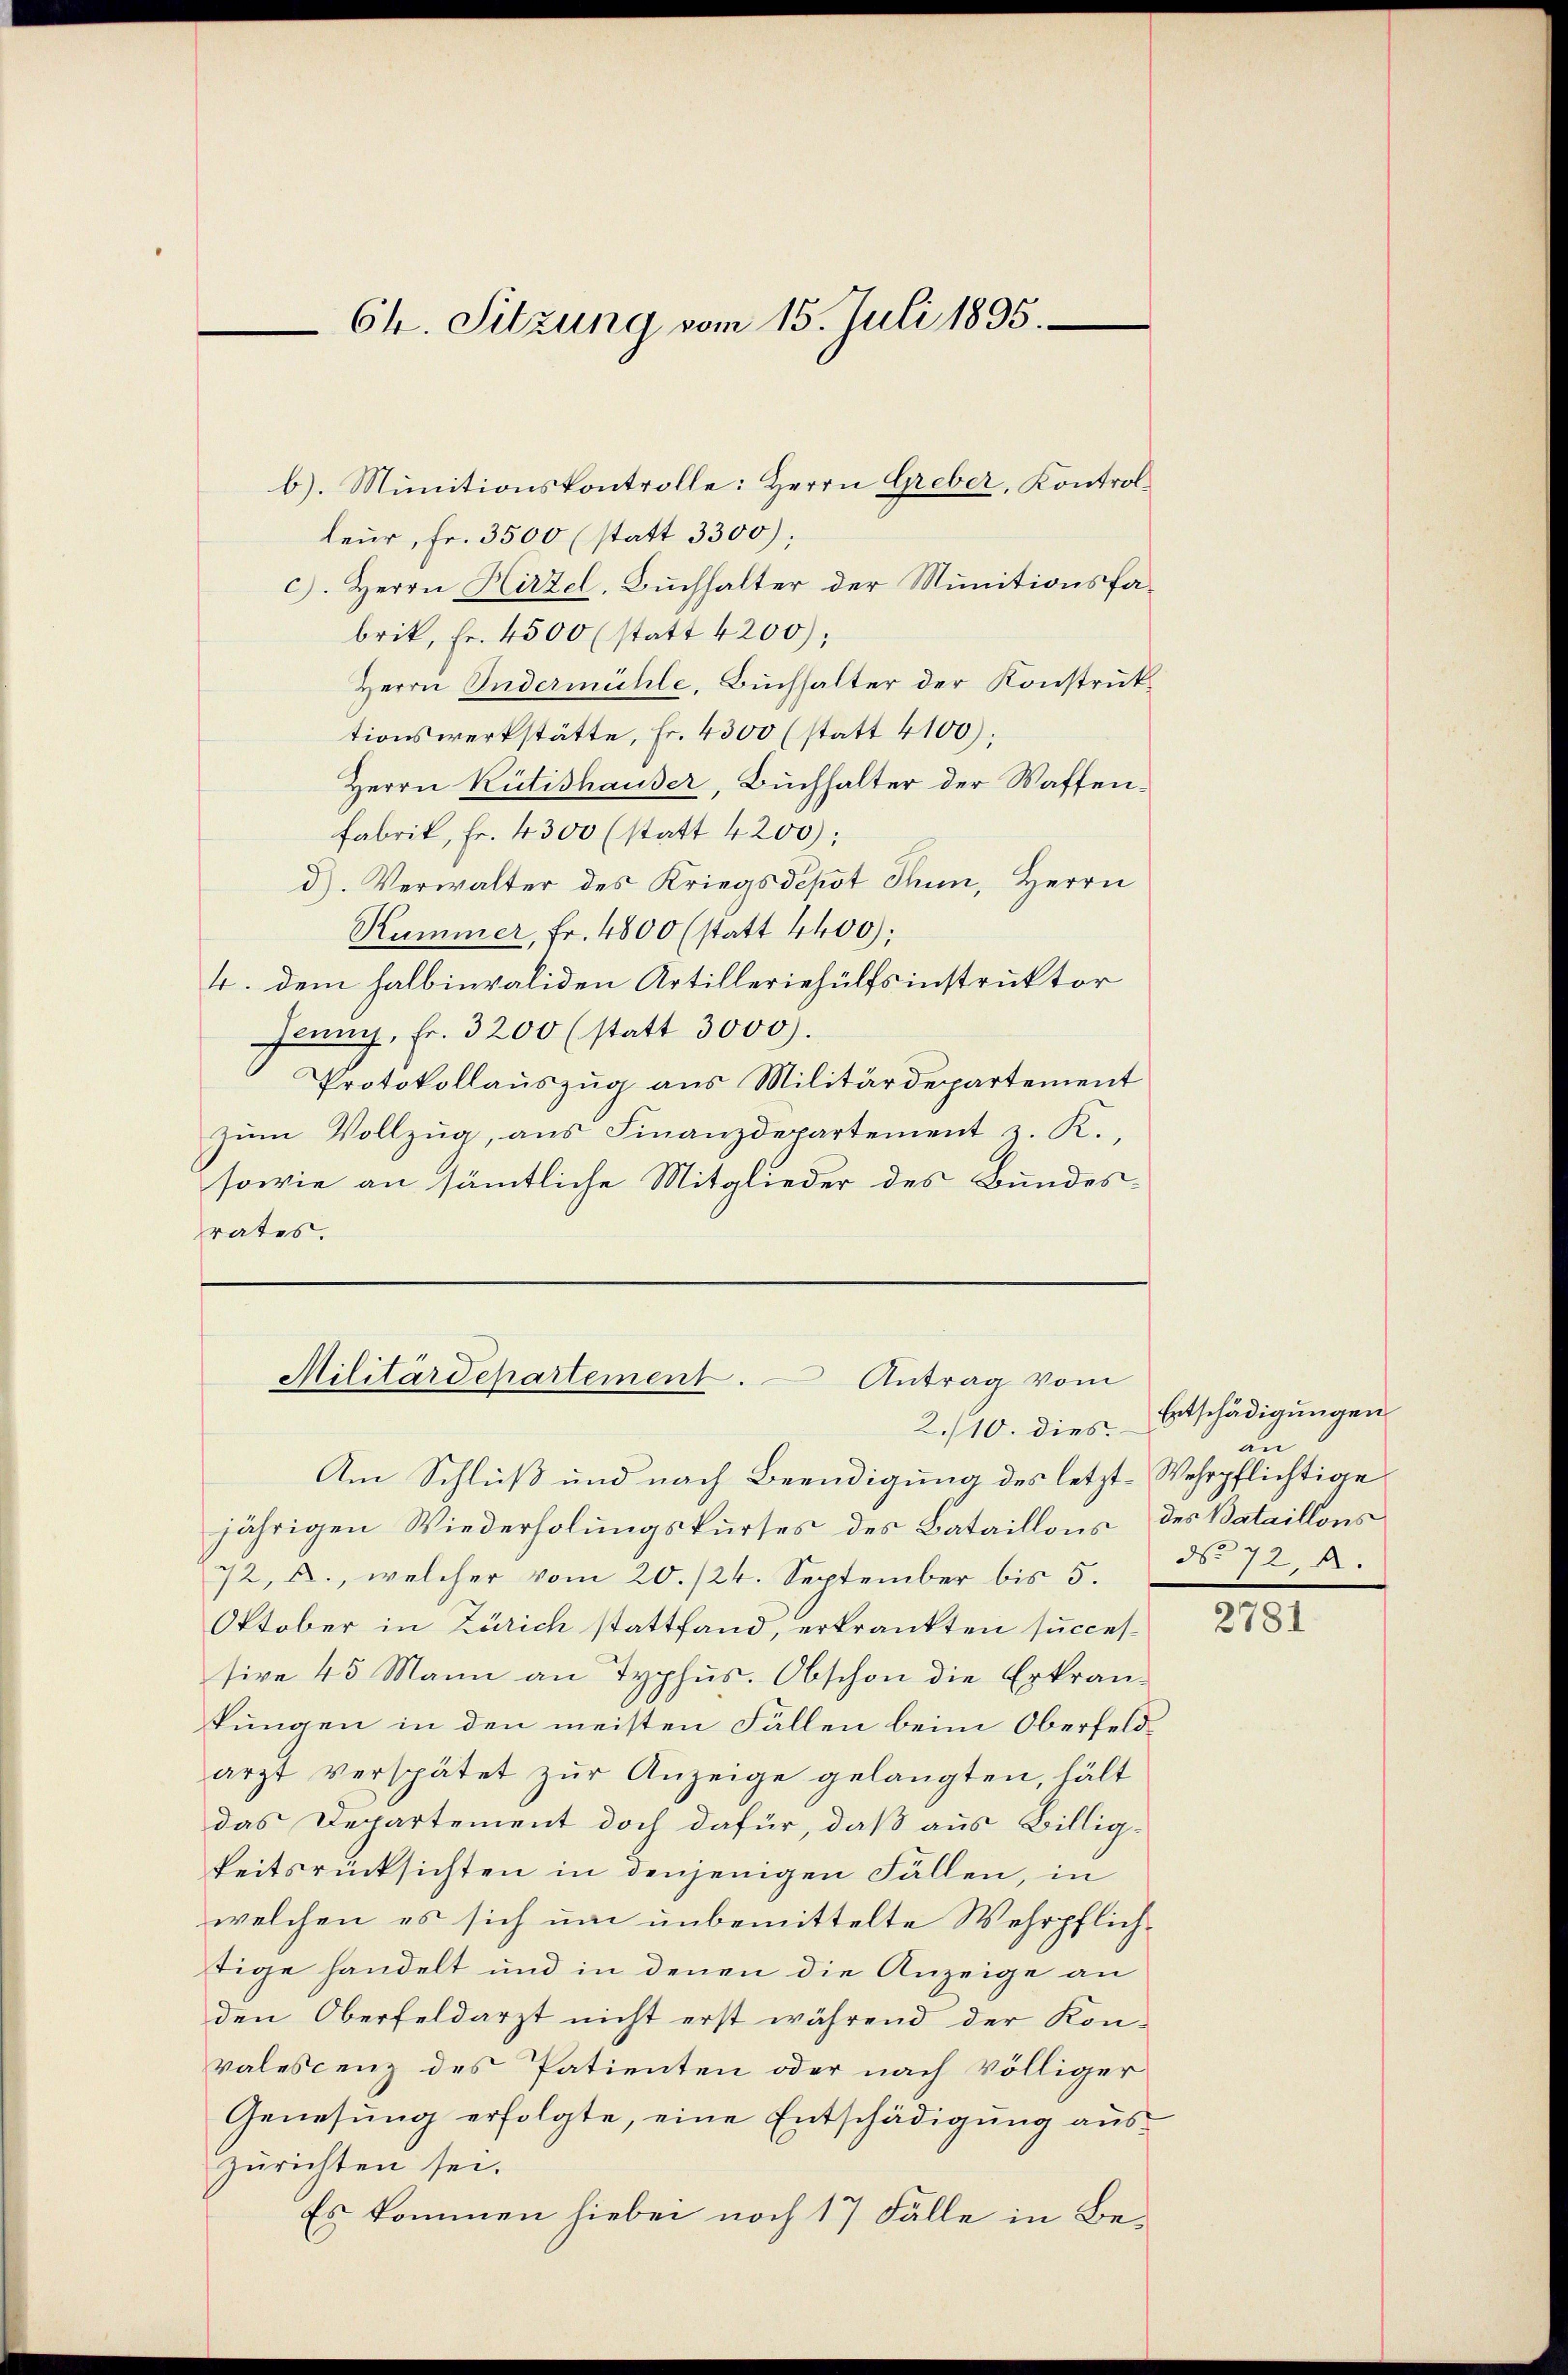
Ch. Sitzung vom 15. Juli 1895.

b). Munitionskontrolle: Herrn Greber, Kontrolleur, fr. 3500 (statt 3300);
c). Herrn Hirzel, Buchhalter der Munitionsfabrik, Fr. 4500 (statt 4200);
Herrn Gudermühle, Buchhalter der Konstruktionswerkstätte, Fr. 4300 (statt 4100);
Herrn Rütishauser, Buchhalter der Waffen¬
Fabrik, Fr. 4300 (statt 4200);
d). Verwalter des Kriegsdepot Thun, Herrn
Kummer, Fr. 4800 (statt 4400);
4. dem halbinvaliden Artilleriehülfsinstruktor
Jenny, Fr. 3200 (statt 3000).
Protokollauszug aus Militärdepartement
zŭm Vollzug, aus Finanzdepartement z. R.,
sowie an sämmtliche Mitglieder des Bundesrates.

2./10. dies
Am Schluß und nach Beendigung des letzt-Wehrpflichtige
jährigen Wiederholungskurses des Bataillons des Bataillons
72, u., welcher vom 20./24. September bis 5.
Oktober in Zürich stattfand, erkrankten successive 45 Mann an Typhus. Obschon die Erkrankungen in den meisten Fällen beim Oberfeldarzt verspätet zur Anzeige gelangten, hält
das Departement doch dafür, daß aus Billigkeitsrücksichten in denjenigen Fällen, in
welchen es sich um unbemittelte Wehrpflichtige handelt und in denen die Anzeige an
den Oberfeldarzt nicht erst während der Kon-
valescenz des Patienten oder nach völliger
Genesung erfolgte, eine Entschädigung auszurichten sei.
Es kommen hiebei noch 17 Fälle in Be¬

Militärdepartement. Antrag vom

Entschädigungen
an
 728.

2781